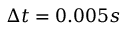
\Delta t = 0 . 0 0 5 s